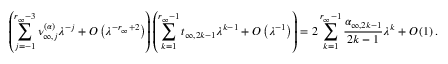
\left( \sum _ { j = - 1 } ^ { r _ { \infty } - 3 } \nu _ { \infty , j } ^ { ( \boldsymbol { \alpha } ) } \lambda ^ { - j } + O \left( \lambda ^ { - r _ { \infty } + 2 } \right) \right) \left( \sum _ { k = 1 } ^ { r _ { \infty } - 1 } t _ { \infty , 2 k - 1 } \lambda ^ { k - 1 } + O \left( \lambda ^ { - 1 } \right) \right) = 2 \sum _ { k = 1 } ^ { r _ { \infty } - 1 } \frac { \alpha _ { \infty , 2 k - 1 } } { 2 k - 1 } \lambda ^ { k } + O \left( 1 \right) .